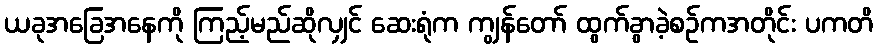
ယခုအခြေအနေကို ကြည့်မည်ဆိုလျှင် ဆေးရုံက ကျွန်တော် ထွက်ခွာခဲ့စဉ်ကအတိုင်း ပကတိ